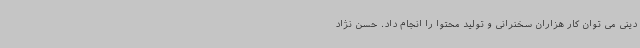
دینی می توان کار هزاران سخنرانی و تولید محتوا را انجام داد. حسن نژاد